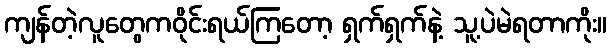
ကျန်တဲ့လူတွေကဝိုင်းရယ်ကြတော့ ရှက်ရှက်နဲ့ သူ့ပဲမဲရတာကိုး။